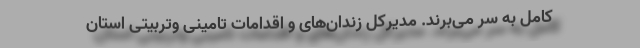
کامل به سر می‌برند. مدیرکل زندان‌های و اقدامات تامینی وتربیتی استان